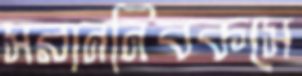
সরাননিবকসে